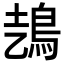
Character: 𩿆